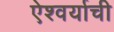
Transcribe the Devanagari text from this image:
ऐश्वर्याची